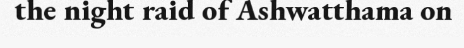
the night raid of Ashwatthama on